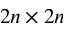
2 n \times 2 n